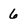
Character: 6